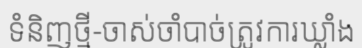
ទំនិញថ្មី-ចាស់ចាំបាច់ត្រូវការឃ្លាំង